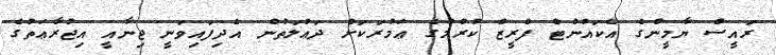
ރައީސް ޔާމީންގެ އެކައުންޓް ފްރީޒް ކުރުމުގެ ޢަމުރަކަށް ދަޢުލަތުން އެދިފައިވަނީ ޖިނާއީ އިޖުރާޢަތުގެ